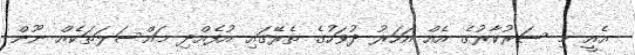
އެއީ މި ސަރުކާރުގެ އެއް އަހަރު ދުވަހުގެ ތެރޭގައި އުފެއްދި މައްސަލަތަކެއް ނޫން